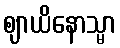
ဈာယိနောသ္မာ